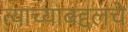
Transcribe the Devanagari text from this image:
त्याच्याबद्दलचे